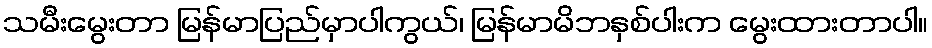
သမီးမွေးတာ မြန်မာပြည်မှာပါကွယ်၊ မြန်မာမိဘနှစ်ပါးက မွေးထားတာပါ။